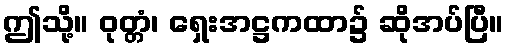
ဤသို့။ ဝုတ္တံ၊ ရှေးအဋ္ဌကထာ၌ ဆိုအပ်ပြီ။